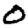
Digit: 0